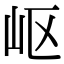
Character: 岖